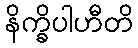
နိက္ခိပါဟီတိ